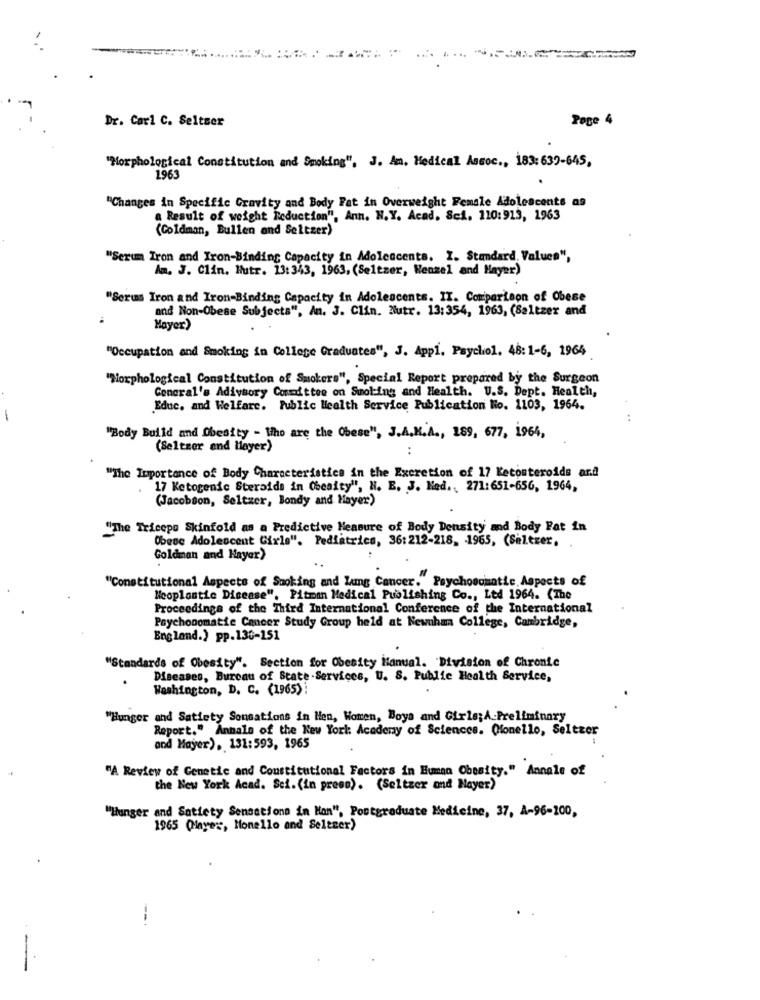
.. ...
Dr. Carl C. Seltser
Pege 4
"Morphological Constitution and Smoking", J. Am. Medical Assoc ., 183: 639-645,
1963
"Changes in Specific Gravity and Body Fat in Overweight Female Adolescents as
a Result of weight Reduction", Ann. N.Y. Acad. Sei. 110:913, 1963
(Goldman, Bullen and Seltzer)
"Serum Iron and Iron-Binding Capacity in Adolescents. I. Standard, Values",
Am. J. Clin. Hutr. 13: 343, 1963, (Seltzer, Wenzel and Hayer)
"Serus Iron and Iron-Binding Capacity in Adolescents. IT. Comparison of Obese
and Non-Obese Subjects", An. J. Clin. Nutr. 13:354, 1963, (8altzer and
Mayer)
"Occupation and Smoking in College Graduates", J. Appl. Psychol. 48: 1-6, 1964
"Morphological Constitution of Smokers", Special Report prepared by the Surgeon
General's Adivaory Committee on Smoking and Health. U.S. Dept. Health,
Educ, and Welfare. Public Health Service Publication No. 1103, 1964.
1
"Body Build and Obesity - Who are the Obese", J.A.K.A ., 189, 677, 1964,
(Seltzer and layer)
"The Importance of Body Characteristics in the Excretion of 17 Ketosteroids and
17 Ketogenic Steroids in (heaity", H. E. J. Med. , 271:651-656, 1964,
(Jacobson, Seltzer, Bondy and Hayer)
"The Triceps Skinfold as a Predictive Measure of Body Density and Body Fat in
Obesc Adolescent Girls". Pediatrica, 36: 212-218, 1965, (Seltzer.
Goldman and Hayer)
"Constitutional Aspects of Smoking and lung Cancer. Psychosomatic Aspects of
Neoplastic Disease", Pitman Medical Publishing Co ., Ltd 1964. (The
Proceedings of the Third International Conference of the International
Psychonomatie Cancer Study Group held at Newuhan College, Cambridge,
England.) pp.130-151
"Standards of Obesity". Section for Obesity Manual. Division of Chronic
Diseases, Bureau of State .Services, U. S. Public Health Service,
Washington, D. C. (1965)
"Hunger and Satiety Sensations in Men, Women, Boya and Girls;A-Preliminary
Report." Annals of the New York: Academy of Sciences. Conello, Seltzer
and Mayer), 131:593, 1965
"A Review of Genetic and Constitutional Factors in Human Obesity." Annale of
the New York Acad. Sci. (in press). (Seltzer and Nayer)
"Hunger and Satiety Sensations in Han", Postgraduate Medicine, 37, A-96-100,
1965 (Hinyer, Monello and Seltzer)